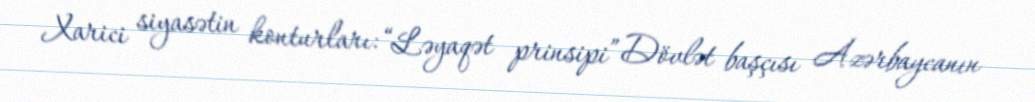
Xarici siyasətin konturları: “Ləyaqət prinsipi” Dövlət başçısı Azərbaycanın